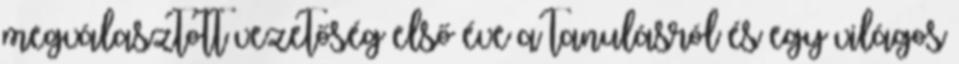
megválasztott vezetőség első éve a tanulásról és egy világos